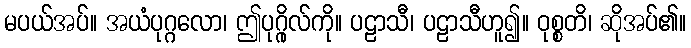
မပယ်အပ်။ အယံပုဂ္ဂလော၊ ဤပုဂ္ဂိုလ်ကို။ ပဠာသီ၊ ပဠာသီဟူ၍။ ဝုစ္စတိ၊ ဆိုအပ်၏။